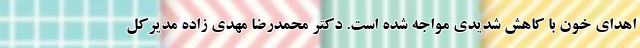
اهدای خون با کاهش شدیدی مواجه شده است. دکتر محمدرضا مهدی زاده مدیرکل